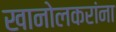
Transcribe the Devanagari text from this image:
खानोलकरांना